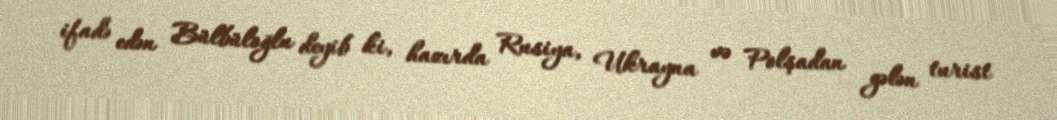
ifadə edən Bülbüloğlu deyib ki, hazırda Rusiya, Ukrayna və Polşadan gələn turist